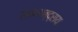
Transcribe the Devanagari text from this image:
रामचन्द्राय